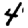
Digit: 4